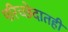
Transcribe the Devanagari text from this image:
परिच्छेदातही